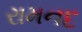
રામનદ